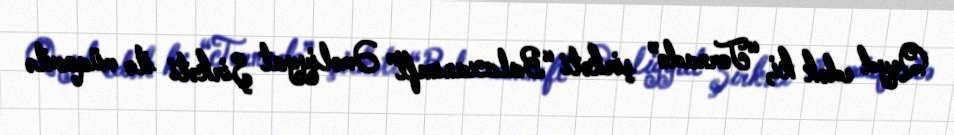
Qeyd edək ki, “Tornado” şirkəti “Balaxanıneft” Əməliyyat Şirkəti ilə müqavilə